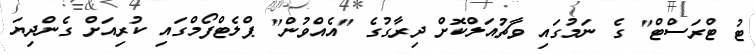
ޓު ޓްރަސްޓް" ގެ ނަމުގައި ވާޗުއަލްކޮށް ދިރާގުގެ "އެއްވުން" ޕްލެޓްފޯމްގައި ކުރިއަށް ގެންދިޔަ